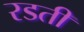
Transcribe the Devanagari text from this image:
रडती